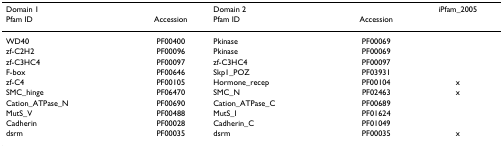
<table><thead><tr><td><b>Domain 1</b></td><td></td><td><b>Domain 2</b></td><td></td><td><b>iPfam_2005</b></td></tr><tr><td><b>Pfam ID</b></td><td><b>Accession</b></td><td><b>Pfam ID</b></td><td><b>Accession</b></td><td></td></tr></thead><tbody><tr><td>WD40</td><td>PF00400</td><td>Pkinase</td><td>PF00069</td><td></td></tr><tr><td>zf-C2H2</td><td>PF00096</td><td>Pkinase</td><td>PF00069</td><td></td></tr><tr><td>zf-C3HC4</td><td>PF00097</td><td>zf-C3HC4</td><td>PF00097</td><td></td></tr><tr><td>F-box</td><td>PF00646</td><td>Skp1_POZ</td><td>PF03931</td><td></td></tr><tr><td>zf-C4</td><td>PF00105</td><td>Hormone_recep</td><td>PF00104</td><td>x</td></tr><tr><td>SMC_hinge</td><td>PF06470</td><td>SMC_N</td><td>PF02463</td><td>x</td></tr><tr><td>Cation_ATPase_N</td><td>PF00690</td><td>Cation_ATPase_C</td><td>PF00689</td><td></td></tr><tr><td>MutS_V</td><td>PF00488</td><td>MutS_I</td><td>PF01624</td><td></td></tr><tr><td>Cadherin</td><td>PF00028</td><td>Cadherin_C</td><td>PF01049</td><td></td></tr><tr><td>dsrm</td><td>PF00035</td><td>dsrm</td><td>PF00035</td><td>x</td></tr></tbody></table>